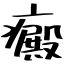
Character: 癜